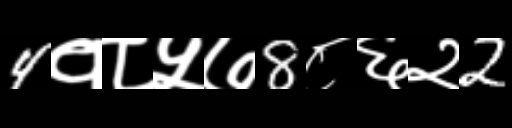
Text: 4१८५७8८६२2